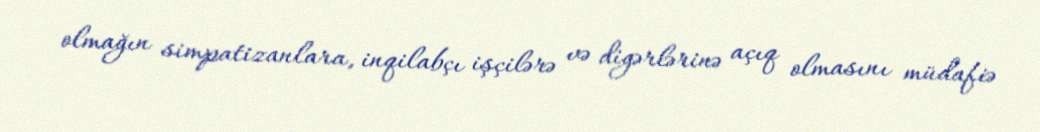
olmağın simpatizanlara, inqilabçı işçilərə və digərlərinə açıq olmasını müdafiə